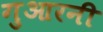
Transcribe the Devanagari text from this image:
गुआरनी